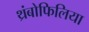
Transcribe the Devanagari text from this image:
थ्रंबोफिलिया